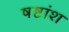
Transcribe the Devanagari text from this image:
षष्टांश